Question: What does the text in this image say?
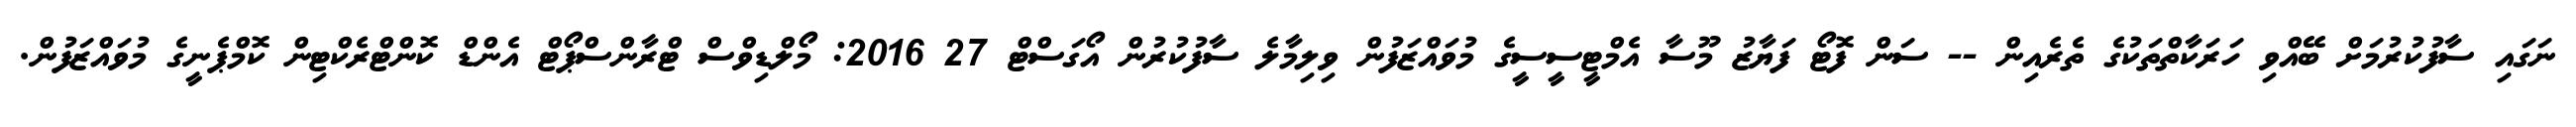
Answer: ނަގައި ސާފުކުރުމަށް ބޭއްވި ހަރަކާތްތަކުގެ ތެރެއިން -- ސަން ފޮޓޯ ފަޔާޒު މޫސާ އެމްޓީސީސީގެ މުވައްޒަފުން ވިލިމާލެ ސާފުކުރުން އޯގަސްޓް 27 2016: މޯލްޑިވްސް ޓްރާންސްޕޯޓް އެންޑް ކޮންޓްރެކްޓިން ކޮމްޕެނީގެ މުވައްޒަފުން.